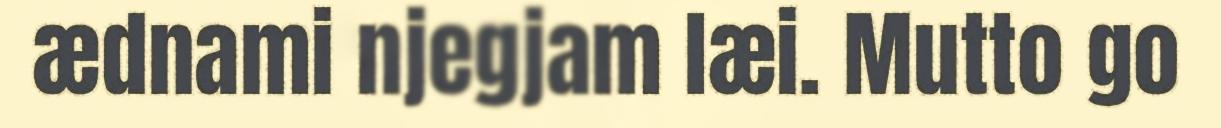
ædnami njegjam læi. Mutto go